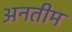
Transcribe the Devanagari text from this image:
अनतीम